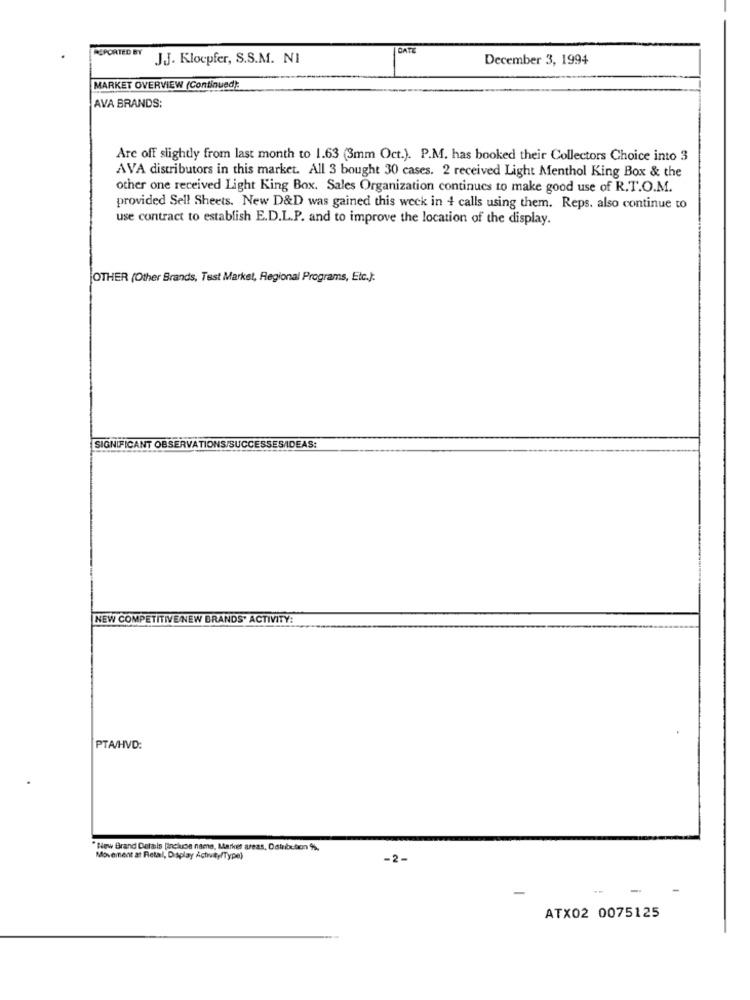
REPORTED BY
DATE
J.J. Klopfer, S.S.M. NI
December 3, 1994
MARKET OVERVIEW (Continued):
AVA BRANDS:
Are off slightly from last month to 1.63 (3mm Oct.). P.M. has booked their Collectors Choice into 3
AVA distributors in this market. All 3 bought 30 cases. 2 received Light Menthol King Box & the
other one received Light King Box. Sales Organization continues to make good use of R.T.O.M.
provided Sell Sheets. New D&D was gained this week in + calls using them. Reps. also continue to
use contract to establish E.D.L.P. and to improve the location of the display.
OTHER (Other Brands, Test Market, Regional Programs, Etc.):
SIGNIFICANT OBSERVATIONS/SUCCESSESIDEAS:
NEW COMPETITIVE/NEW BRANDS' ACTIVITY:
PTA/HVD:
"Niew Brand Details [inchce name, Market areas, Ostribution %,
Movement at Rietal, Display Actway(Type)
-2-
ATX02 0075125